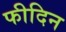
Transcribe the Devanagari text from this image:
फीदिन